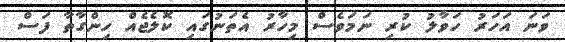
ވަނަ އަހަރު ހަވާލު ކުރި ނަމަވެސް މިހާރު އެތަނުގައި ކޮލެޖެއް ހިންގާތާ ފަސް